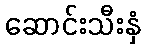
ဆောင်းသီးနှံ